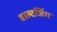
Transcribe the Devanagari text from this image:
वाल्टजिंग